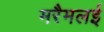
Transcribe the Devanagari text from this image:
मरैमलई